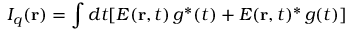
I _ { q } ( \mathbf { r } ) = \int d t [ E ( \mathbf { r } , t ) \, g ^ { * } ( t ) + E ( \mathbf { r } , t ) ^ { * } \, g ( t ) ]